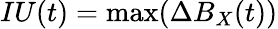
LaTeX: IU(t)=\operatorname*{max}({\Delta B_{X}(t)})